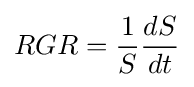
RGR={\frac {1}{S}}{\frac {dS}{dt}}